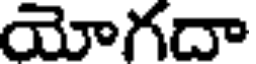
యోగదా